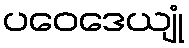
ပဝေဒေယျုံ